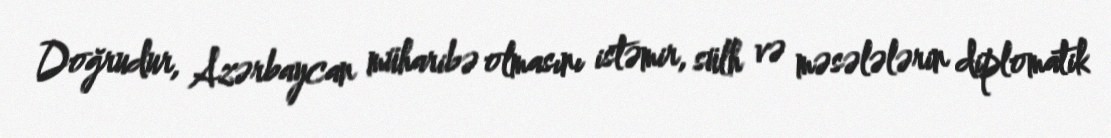
Doğrudur, Azərbaycan müharibə olmasını istəmir, sülh və məsələlərin diplomatik